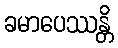
ခမာပေဿန္တိ